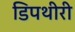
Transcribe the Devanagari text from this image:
डिपथीरी